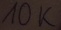
Text: 10K